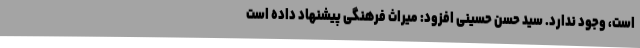
است، وجود ندارد. سید حسن حسینی افزود: میراث فرهنگی پیشنهاد داده است